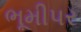
ભૂમીપર